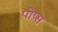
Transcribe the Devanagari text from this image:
पोप्स